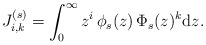
\begin{align*}J_{i,k}^{(s)}=\int_0^\infty z^i\,\phi_s(z)\,\Phi_s(z)^k \mathrm{d}z.\end{align*}